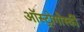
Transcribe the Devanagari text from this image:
ऑस्ट्रोगोर्स्की